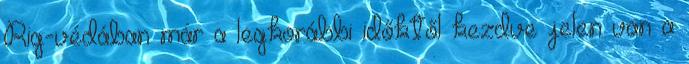
Rig-védában már a legkorábbi időktől kezdve jelen van a